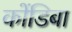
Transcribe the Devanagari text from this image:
कोंडिबा